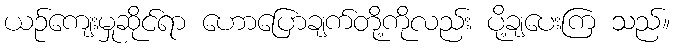
ယဉ်ကျေးမှုဆိုင်ရာ ဟောပြောချက်တို့ကိုလည်း ပို့ချပေးကြ သည်။